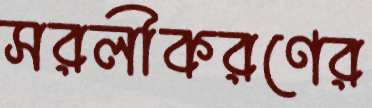
সরলীকরণের